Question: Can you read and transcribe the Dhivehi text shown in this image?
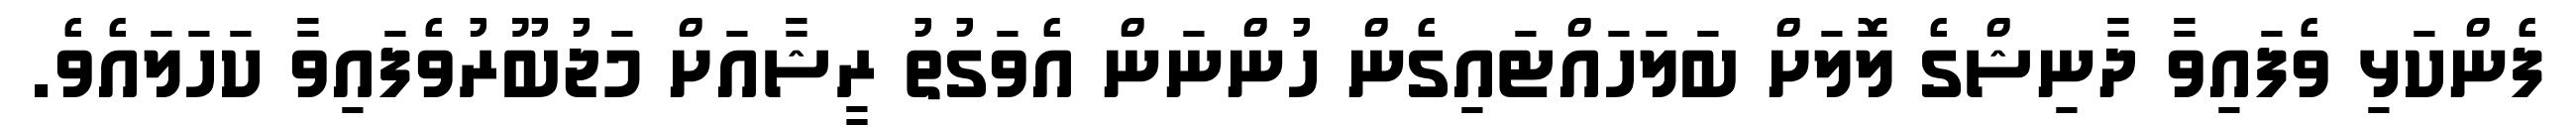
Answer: ފެންކަޅި ވެފައިވާ ދާނިޝްގެ ލޮޮލަށް ބަލަހައްޓައިގެން ހުންނަން އެވަގުތު ރީޝާއަށް މަޖުބޫރުވެފައިވާ ކަހަލައެވެ.